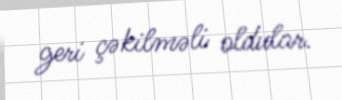
geri çəkilməli oldular.